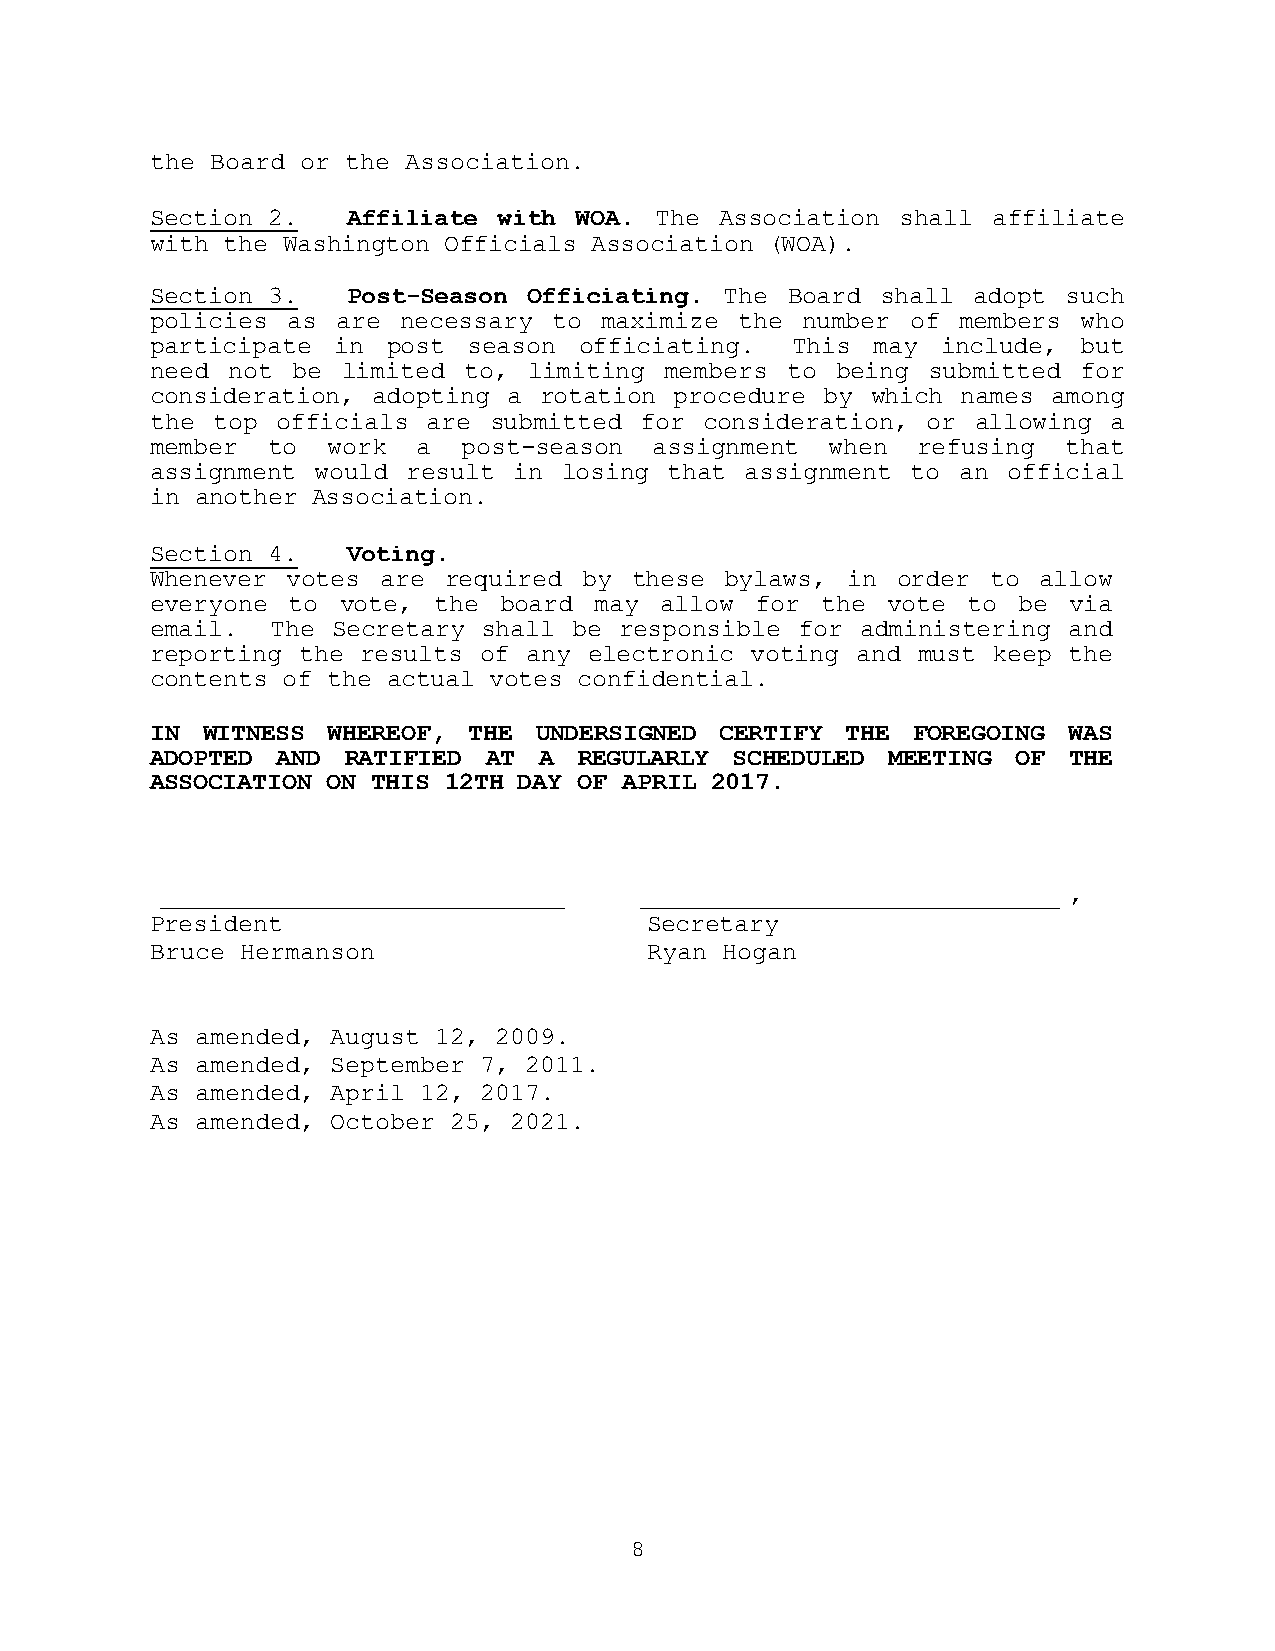
the Board or the Association.
 Section 2.   Affiliate with WOA. The  Association shall affiliate
 with the Washington Officials Association (WOA).
 Section 3.   Post-Season Officiating. The Board shall adopt  such
 policies as are  necessary to maximize the number of members  who
 participate in  post season officiating.  This  may include,  but
 need not be  limited to, limiting members to being submitted  for
 consideration, adopting a rotation procedure by which names among
 the top officials are submitted for  consideration, or allowing a
 member  to  work  a  post-season assignment  when  refusing that
 assignment would result in losing that assignment to an  official
 in another Association.
 Section 4.   Voting.
 Whenever votes are required  by these bylaws, in order  to allow
 everyone to vote,  the board may  allow for the  vote to be  via
 email.  The Secretary shall be responsible for administering and
 reporting the results of any electronic voting and must keep the
 contents of the actual votes confidential.
 IN WITNESS  WHEREOF, THE UNDERSIGNED  CERTIFY THE FOREGOING  WAS
 ADOPTED AND  RATIFIED AT  A REGULARLY  SCHEDULED MEETING OF  THE
 ASSOCIATION ON THIS 12TH DAY OF APRIL 2017.
 ___________________________    ____________________________ ,
 President                        Secretary
 Bruce Hermanson                  Ryan Hogan
 As amended, August 12, 2009.
 As amended, September 7, 2011.
 As amended, April 12, 2017.
 As amended, October 25, 2021.
 8